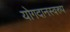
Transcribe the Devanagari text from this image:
योगदानस्वरुप